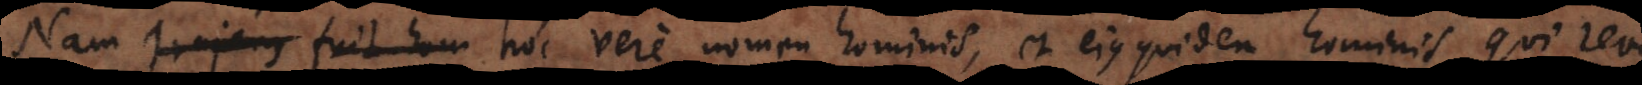
Nam Trajanus fuit hom hoc vere nomen hominis, et ejus quidem hominis, qui revera